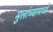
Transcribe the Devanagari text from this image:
मुलांच्यामध्ये